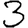
Digit: 3